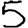
Digit: 5